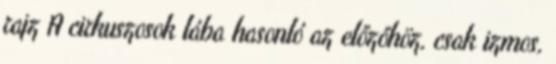
rajz A cirkuszosok lába hasonló az előzőhöz, csak izmos,